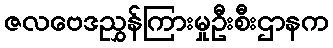
ဇလဗေဒညွှန်ကြားမှုဦးစီးဌာနက